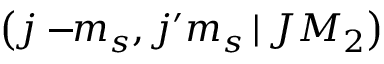
\left( j - \! \! m _ { s } , j ^ { \prime } m _ { s } \, | \, J M _ { 2 } \right)